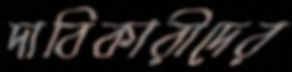
দাবিকারীদের